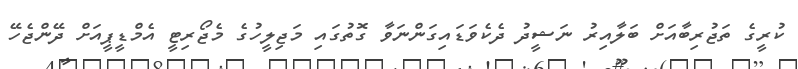
ކުރީގެ ތަޖުރިބާއަށް ބަލާއިރު ނަޝީދު ދެކެވަޑައިގަންނަވާ ގޮތުގައި މަޖިލީހުގެ މެޖޯރިޓީ އެމްޑީޕީއަށް ދޭންޖެހޭ